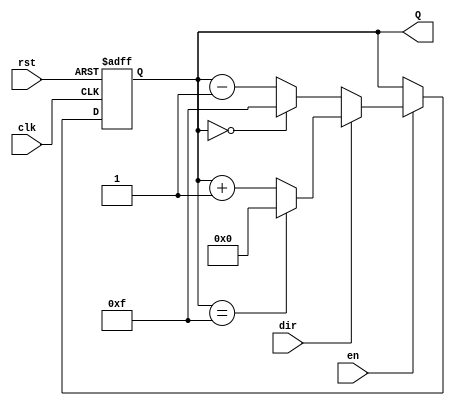
module binary_counter (
    input wire clk,        // Clock input
    input wire rst,        // Asynchronous reset
    input wire en,         // Enable input
    input wire dir,        // Direction: 1 for up, 0 for down
    output reg [N-1:0] Q   // Counter output (N-bit wide)
);
    parameter N = 4; // Parameter for counter width (default is 4 bits)

    // Asynchronous reset and counting logic
    always @(posedge clk or posedge rst) begin
        if (rst) begin
            Q <= 0; // Reset the counter to zero
        end else if (en) begin
            if (dir) begin
                // Count Up
                Q <= (Q == (1 << N) - 1) ? 0 : Q + 1; // Wrap around
            end else begin
                // Count Down
                Q <= (Q == 0) ? (1 << N) - 1 : Q - 1; // Wrap around
            end
        end
    end
endmodule